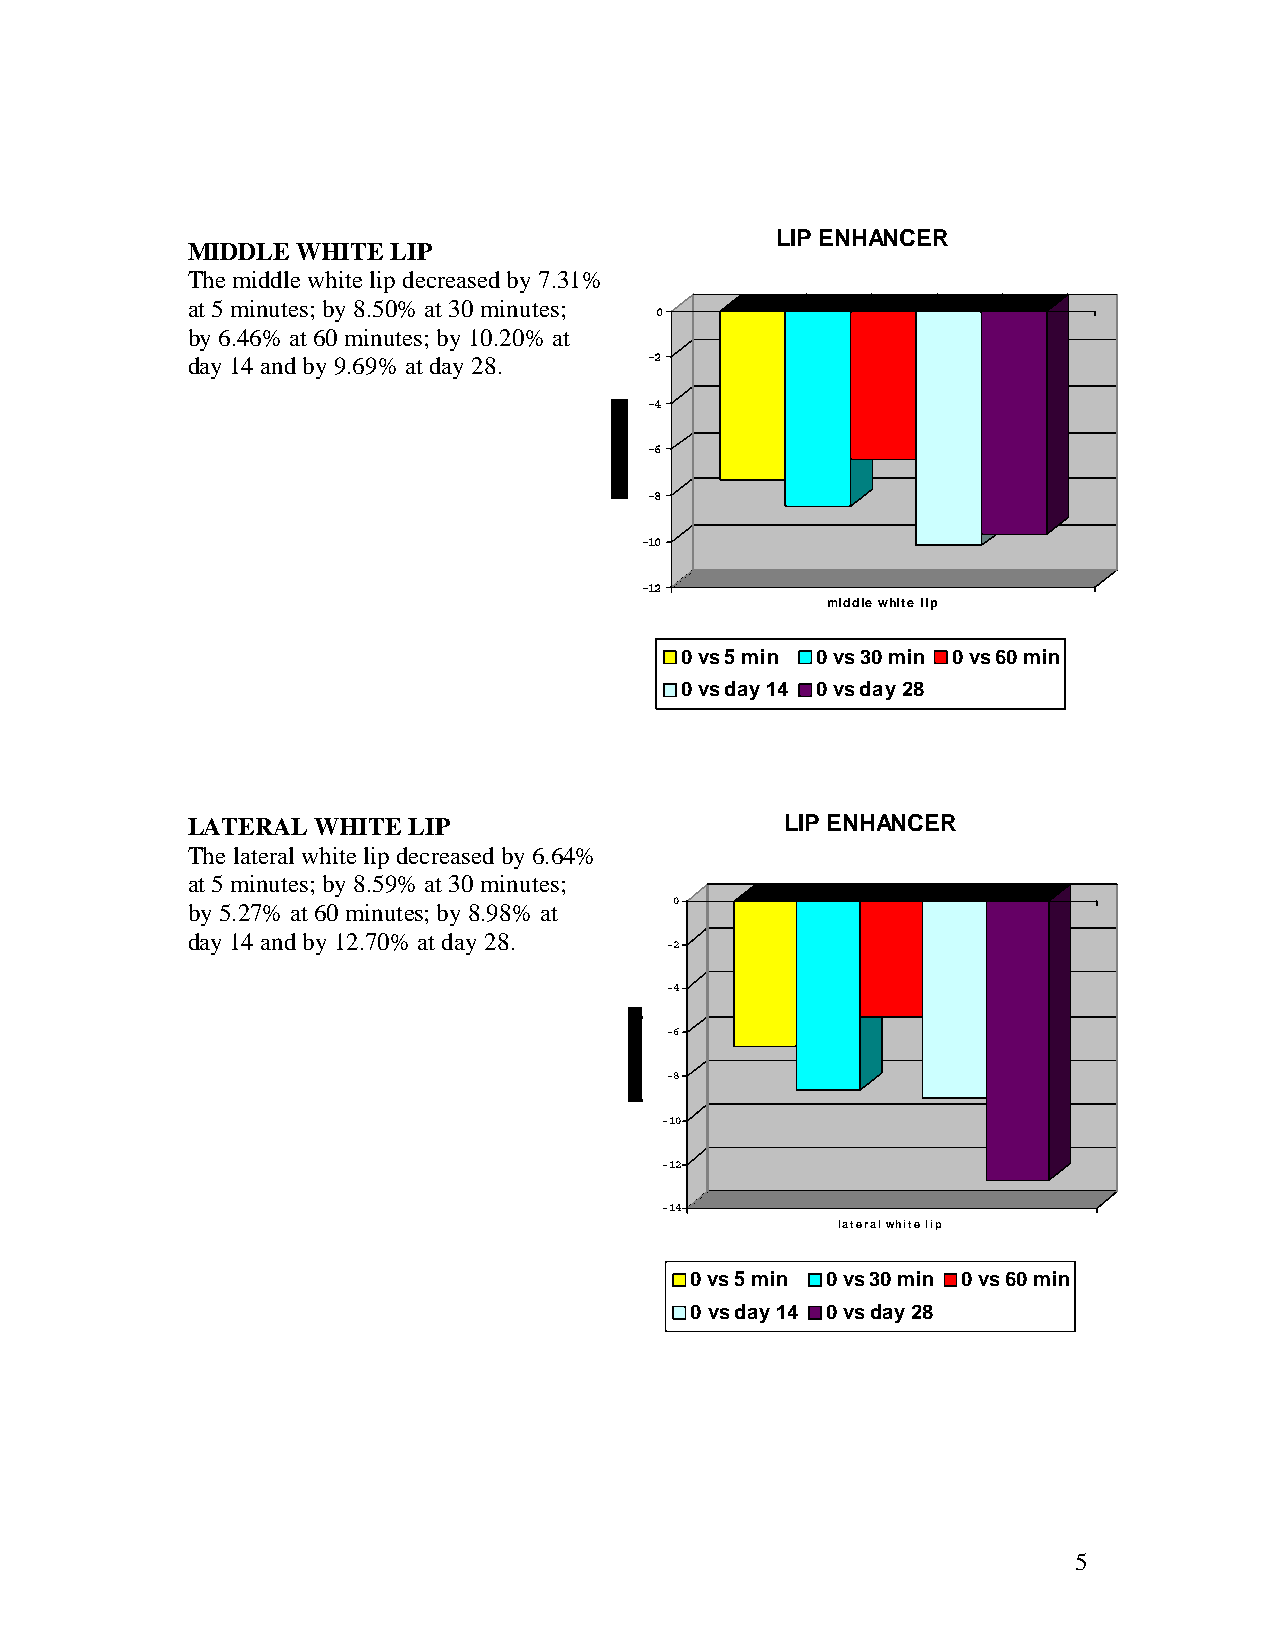
LIP ENHANCER
 MIDDLE  WHITE LIP
 The middle white lip decreased by 7.31%
 at 5 minutes; by 8.50% at 30 minutes;
 0
 by 6.46% at 60 minutes; by 10.20% at
 day 14 and by 9.69% at day 28. -2
 -4
 -6
 -8
 -10
 -12
 middle white lip
 0 vs 5 min 0 vs 30 min 0 vs 60 min
 0 vs day 14 0 vs day 28
 LATERAL  WHITE LIP                      LIP ENHANCER
 The lateral white lip decreased by 6.64%
 at 5 minutes; by 8.59% at 30 minutes;
 by 5.27% at 60 minutes; by 8.98% at 0
 day 14 and by 12.70% at day 28.
 -2
 -4
 -6
 -8
 -10
 -12
 -14
 lateral white lip
 0 vs 5 min 0 vs 30 min 0 vs 60 min
 0 vs day 14 0 vs day 28
 5